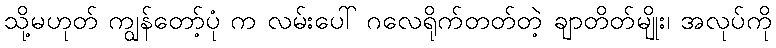
သို့မဟုတ် ကျွန်တော့်ပုံ က လမ်းပေါ် ဂလေရိုက်တတ်တဲ့ ချာတိတ်မျိုး၊ အလုပ်ကို